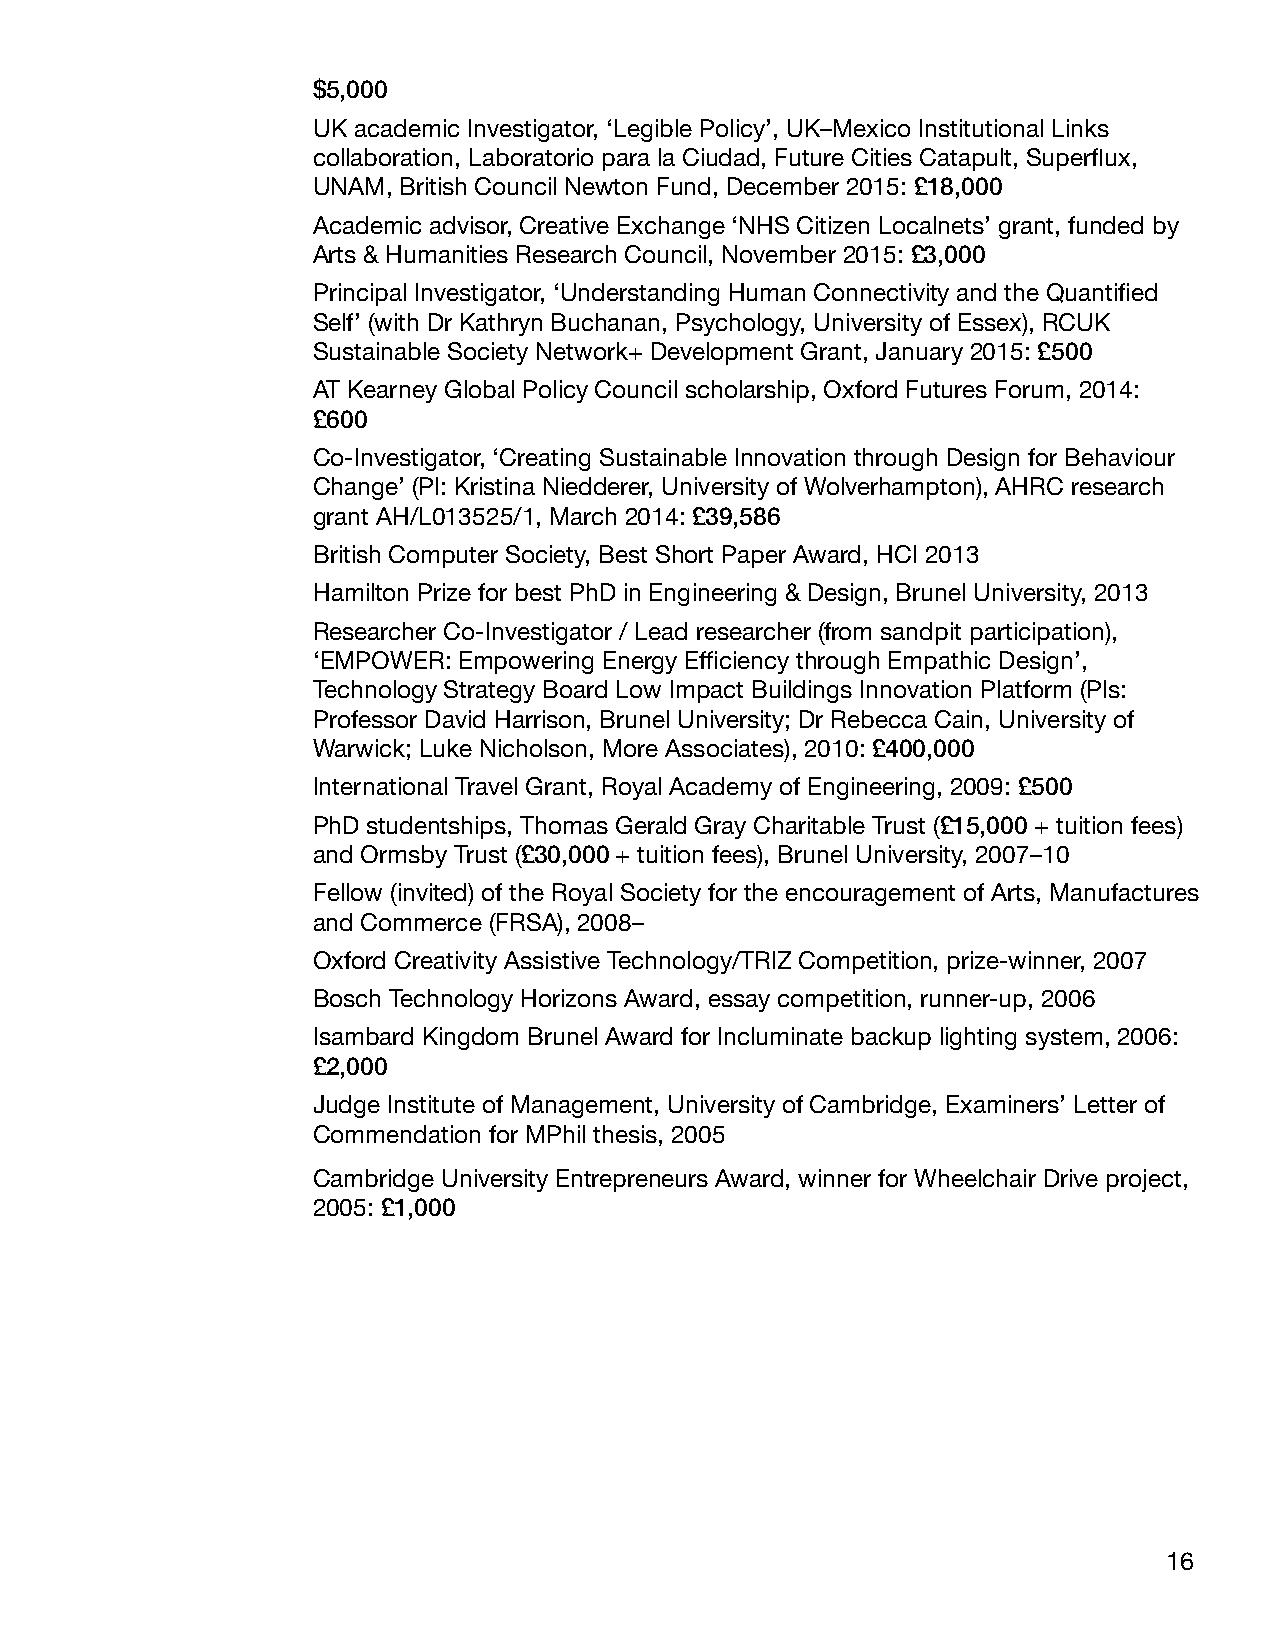
$5,000
 UK academic Investigator, ‘Legible Policy’, UK–Mexico Institutional Links
 collaboration, Laboratorio para la Ciudad, Future Cities Catapult, Superflux,
 UNAM, British Council Newton Fund, December 2015: £18,000
 Academic advisor, Creative Exchange ‘NHS Citizen Localnets’ grant, funded by
 Arts & Humanities Research Council, November 2015: £3,000
 Principal Investigator, ‘Understanding Human Connectivity and the Quantified
 Self’ (with Dr Kathryn Buchanan, Psychology, University of Essex), RCUK
 Sustainable Society Network+ Development Grant, January 2015: £500
 AT Kearney Global Policy Council scholarship, Oxford Futures Forum, 2014:
 £600
 Co-Investigator, ‘Creating Sustainable Innovation through Design for Behaviour
 Change’ (PI: Kristina Niedderer, University of Wolverhampton), AHRC research
 grant AH/L013525/1, March 2014: £39,586
 British Computer Society, Best Short Paper Award, HCI 2013
 Hamilton Prize for best PhD in Engineering & Design, Brunel University, 2013
 Researcher Co-Investigator / Lead researcher (from sandpit participation),
 ‘EMPOWER: Empowering Energy Efficiency through Empathic Design’,
 Technology Strategy Board Low Impact Buildings Innovation Platform (PIs:
 Professor David Harrison, Brunel University; Dr Rebecca Cain, University of
 Warwick; Luke Nicholson, More Associates), 2010: £400,000
 International Travel Grant, Royal Academy of Engineering, 2009: £500
 PhD studentships, Thomas Gerald Gray Charitable Trust (£15,000 + tuition fees)
 and Ormsby Trust (£30,000 + tuition fees), Brunel University, 2007–10
 Fellow (invited) of the Royal Society for the encouragement of Arts, Manufactures
 and Commerce (FRSA), 2008–
 Oxford Creativity Assistive Technology/TRIZ Competition, prize-winner, 2007
 Bosch Technology Horizons Award, essay competition, runner-up, 2006
 Isambard Kingdom Brunel Award for Incluminate backup lighting system, 2006:
 £2,000
 Judge Institute of Management, University of Cambridge, Examiners’ Letter of
 Commendation for MPhil thesis, 2005
 Cambridge University Entrepreneurs Award, winner for Wheelchair Drive project,
 2005: £1,000
 16